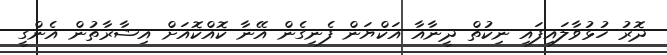
ދޮރު ހުޅުވާލައިފައި ނިކުތް ދީނާއާ އަކްޔަން ފެނިގެން އޭނާ ކޮއްކޮއަށް އިޝާރާތުން އެންގީ